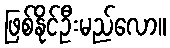
ဖြစ်နိုင်ဦးမည်လော။